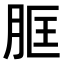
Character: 𦚞